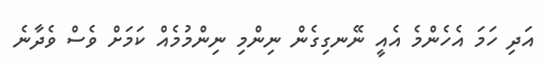
އަދި ހަމަ އެހެންމެ އެއީ ނޭނގިގެން ނިންމި ނިންމުމެއް ކަމަށް ވެސް ވެދާނެ